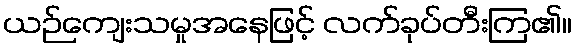
ယဉ်ကျေးသမှုအနေဖြင့် လက်ခုပ်တီးကြ၏။